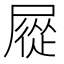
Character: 㞞